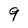
Character: 9